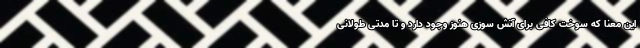
این معنا که سوخت کافی برای آتش سوزی هنوز وجود دارد و تا مدتی طولانی